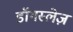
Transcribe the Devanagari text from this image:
डॉगस्लेज़